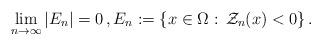
LaTeX: \begin{align*}\lim_{n \to \infty} \left| E_n \right| = 0 \, , E_n:=\left\{ x \in \Omega : \, \mathcal{Z}_n(x) < 0 \right\} .\end{align*}